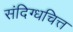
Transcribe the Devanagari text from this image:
संदिग्धचित्त